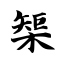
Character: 榘